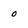
Character: 0